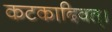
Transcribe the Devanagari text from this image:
कटकादिवत्।